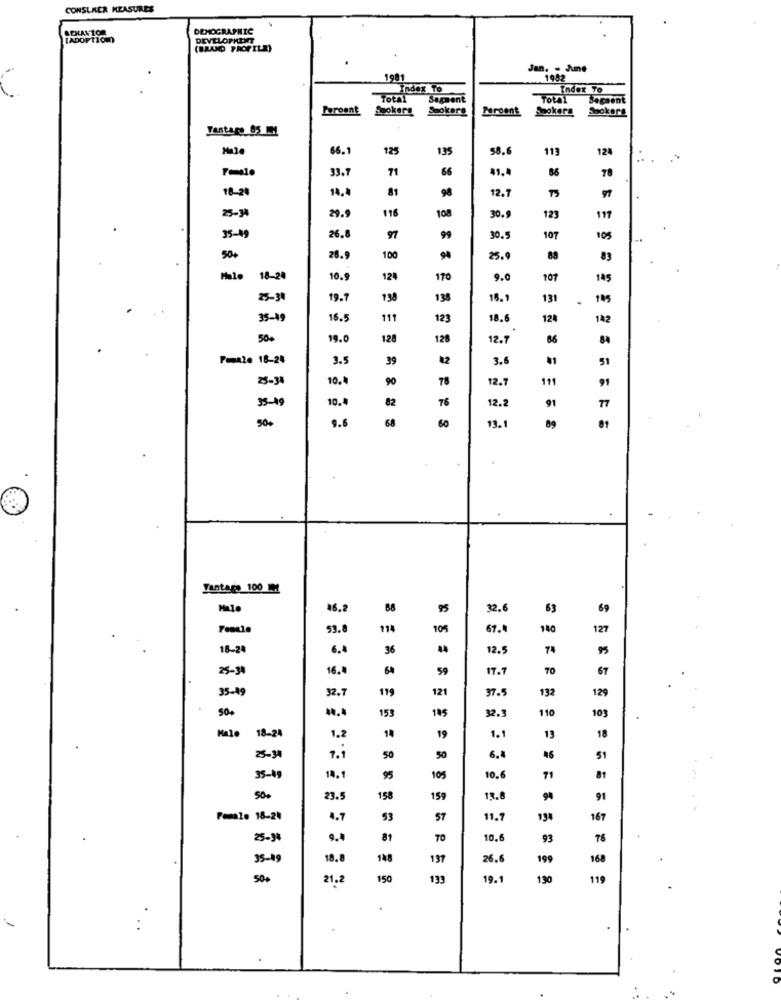
CONSUMER MEASURES
DEMOGRAPHIC
[ADOPTIOm)
DEVELOPMENT
Jan. . June
1981
. 1982
Index To
Index To
-
Total
Sagment
Sepsont
Faroent
Lookers Smokers
Peroent
Spokera
Sookars
Fantaro 05 MM
66.1
125
135
58.6
113
124
33.7
71
66
41.
86
78
18-20
14.
81
98
97
12.7
116
108
30.9
25-34
29.9
123
117
35-49
26.8
97
99
30.5
107
105
50+
28.9
100
94
25.9
83
Hale 18-24
10.
124
170
9.0
107
145
25-31
19.
138
138
15.1
131
105
35-49
16.5
111
123
18.6
124
142
50+
19.0
128
128
12.7
66
84
Pomale 18-24
3.
39
82
3.6
11
51
10.
90
78
12.7
111
35-19
10.
82
76
91
12.2
77
50+
9.6
68
60
13.
89
81
Tantage 100 1M2
68
95
32.6
63
69
53.
114
67.
140
127
18-24
6.4
36
44
12.
74
95
25-3
16.
59
17.7
70
67
35-49
32.7
199
121
37.
132
129
50+
...
153
145
110
103
32.3
14
Male
18-24
1.2
19
1.1
13
18
7.1
25-34
50
50
6.4
16
51
35-49
14.1
95
105
10.
71
81
50.
23.5
158
159
13.
91
Female 18-24
4.7
53
57
11.7
134
167
25-34
9.4
81
TO
10.6
93
76
35-49
18.8
148
137
26.6
199
168
500
21.2
150
133
19. 1
130
119